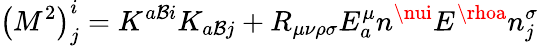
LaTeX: \left(M^{2}\right)_{j}^{i}=K^{a\mathcal{B}i}K_{a\mathcal{B}j}+R_{\mu\nu\rho\sigma}E_{a}^{\mu}n^{\nui}E^{\rhoa}n_{j}^{\sigma}